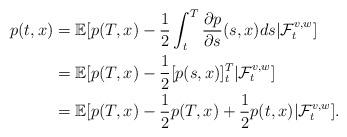
LaTeX: \begin{align*}p(t,x)&=\mathbb{E}[p(T,x)-\frac{1}{2}\int_t^T \frac{\partial p}{\partial s}(s,x)ds|\mathcal{F}^{v,w}_t]\\&=\mathbb{E}[p(T,x)-\frac{1}{2}[p(s,x)]_t^T|\mathcal{F}^{v,w}_t]\\&=\mathbb{E}[p(T,x)-\frac{1}{2}p(T,x)+\frac{1}{2}p(t,x)|\mathcal{F}^{v,w}_t].\end{align*}